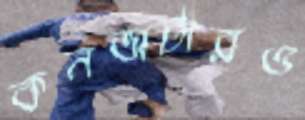
কনভার্টারও